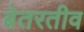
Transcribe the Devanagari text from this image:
बेतरतीव